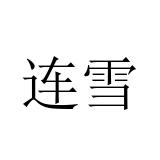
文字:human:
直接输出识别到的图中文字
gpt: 连雪